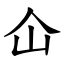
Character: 仚